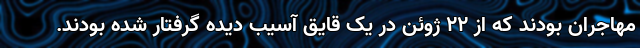
مهاجران بودند که از ۲۲ ژوئن در یک قایق آسیب دیده گرفتار شده بودند.